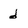
Character: d